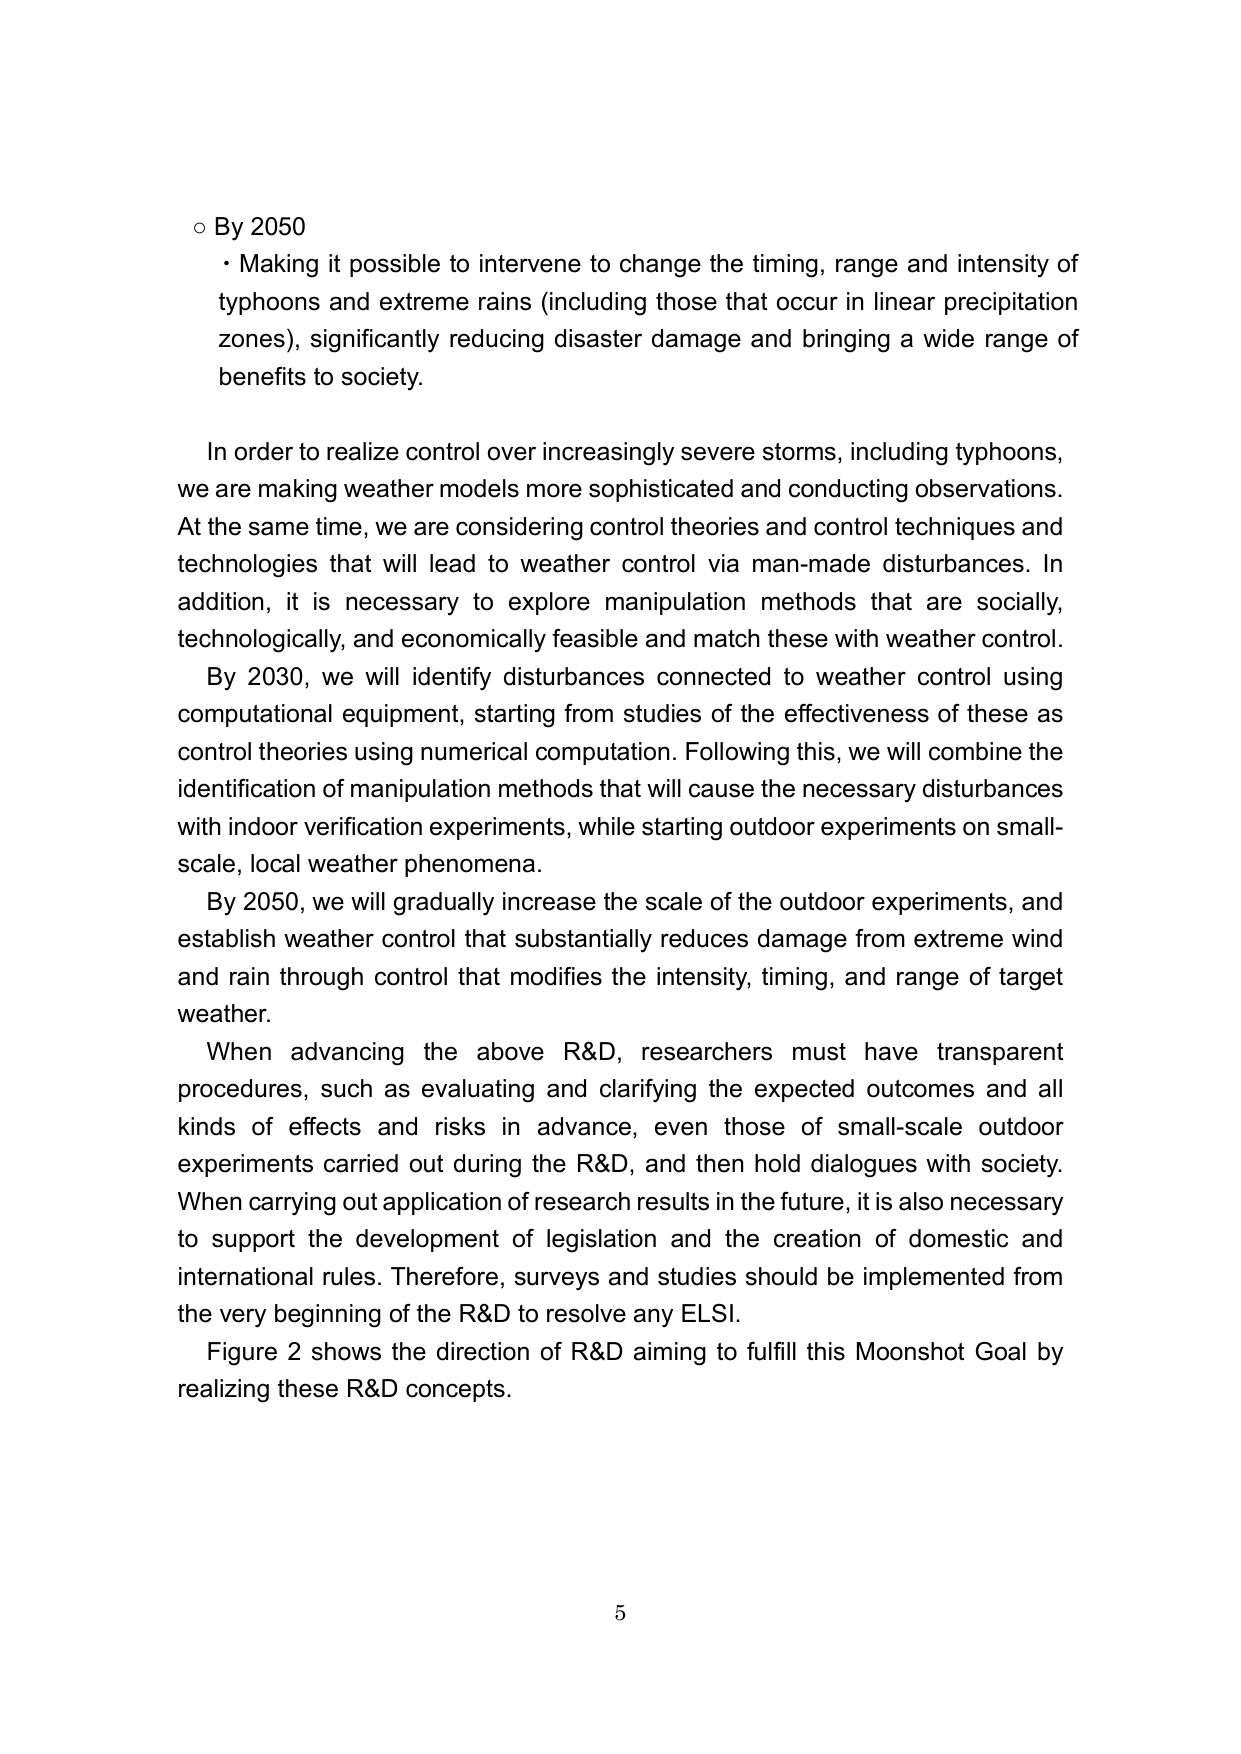
○ By 2050
• Making it possible to intervene to change the timing, range and intensity of typhoons and extreme rains (including those that occur in linear precipitation zones), significantly reducing disaster damage and bringing a wide range of benefits to society.

In order to realize control over increasingly severe storms, including typhoons, we are making weather models more sophisticated and conducting observations. At the same time, we are considering control theories and control techniques and technologies that will lead to weather control via man-made disturbances. In addition, it is necessary to explore manipulation methods that are socially, technologically, and economically feasible and match these with weather control.

By 2030, we will identify disturbances connected to weather control using computational equipment, starting from studies of the effectiveness of these as control theories using numerical computation. Following this, we will combine the identification of manipulation methods that will cause the necessary disturbances with indoor verification experiments, while starting outdoor experiments on small-scale, local weather phenomena.

By 2050, we will gradually increase the scale of the outdoor experiments, and establish weather control that substantially reduces damage from extreme wind and rain through control that modifies the intensity, timing, and range of target weather.

When advancing the above R&D, researchers must have transparent procedures, such as evaluating and clarifying the expected outcomes and all kinds of effects and risks in advance, even those of small-scale outdoor experiments carried out during the R&D, and then hold dialogues with society. When carrying out application of research results in the future, it is also necessary to support the development of legislation and the creation of domestic and international rules. Therefore, surveys and studies should be implemented from the very beginning of the R&D to resolve any ELSI.

Figure 2 shows the direction of R&D aiming to fulfill this Moonshot Goal by realizing these R&D concepts.

5